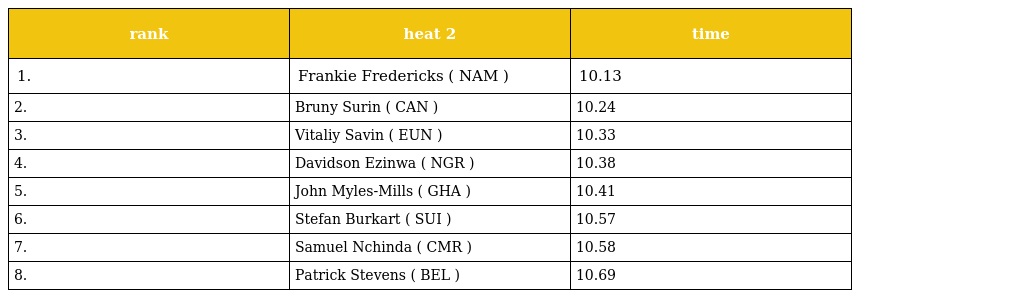
| rank | heat 2 | time |
 | --- | --- | --- |
 | 1. | Frankie Fredericks ( NAM ) | 10.13 |
 | 2. | Bruny Surin ( CAN ) | 10.24 |
 | 3. | Vitaliy Savin ( EUN ) | 10.33 |
 | 4. | Davidson Ezinwa ( NGR ) | 10.38 |
 | 5. | John Myles-Mills ( GHA ) | 10.41 |
 | 6. | Stefan Burkart ( SUI ) | 10.57 |
 | 7. | Samuel Nchinda ( CMR ) | 10.58 |
 | 8. | Patrick Stevens ( BEL ) | 10.69 |